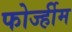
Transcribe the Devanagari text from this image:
फोर्ज्हीम